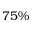
7 5 \%